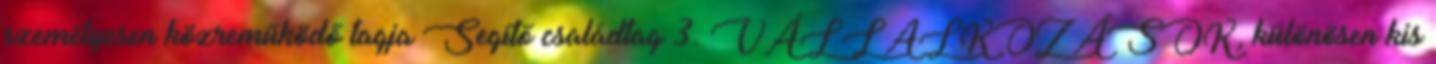
személyesen közreműködő tagja Segítő családtag 3. VÁLLALKOZÁSOK, különösen kis